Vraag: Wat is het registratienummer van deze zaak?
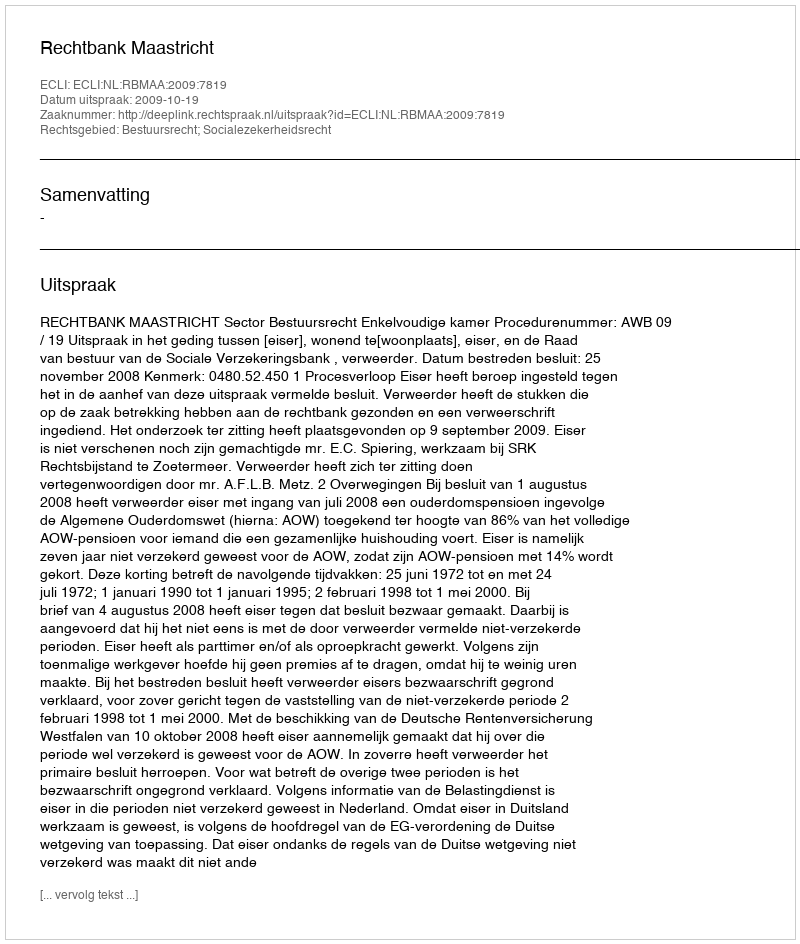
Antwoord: http://deeplink.rechtspraak.nl/uitspraak?id=ECLI:NL:RBMAA:2009:7819